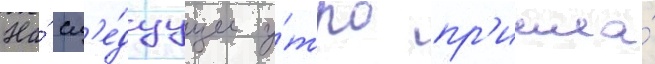
На́ сл'е́дуущее у́тро пр'ишла́